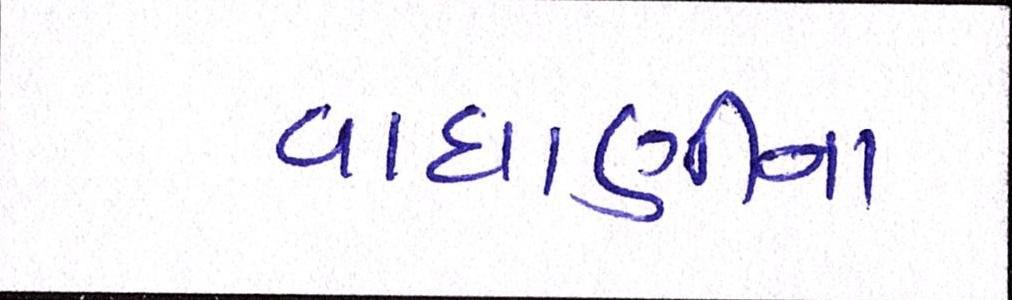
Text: વાઘાણીના